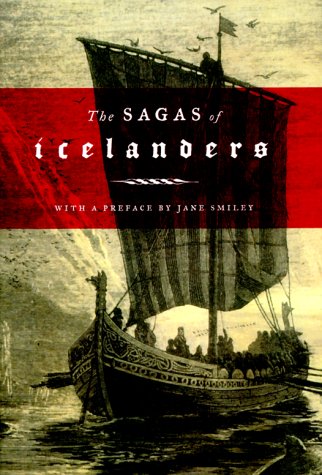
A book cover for The Sagas of Icelanders: A Selection; Literature & Fiction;